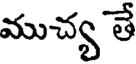
ముచ్య తే